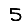
Digit: 5